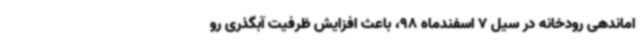
اماندهی رودخانه در سیل 7 اسفندماه 98، باعث افزایش ظرفیت آبگذری رو